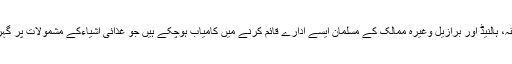
اے مسلمانوں خدارا کچھ کھانے سے پہلے تحقیق کرلیجئےکہ برظانیہ،امریکہ، فلپائن، زمبابوے، افریقہ، ہالنیڈ اور برازیل وغیرہ ممالک کے مسلمان ایسے ادارے قائم کرنے میں کامیاب ہوچکے ہیں جو غذائی اشیاءکے مشمولات پر گہری نگاہ ہی نہیںرکھتے ہیںبلکہ ممکنہ تحقیق کے بعد مسلمانوں کو اچھے برے کی آگاہی کرتے ہیں ۔